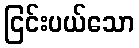
ငြင်းပယ်သော